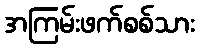
အကြမ်းဖက်စစ်သား